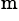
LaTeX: ^\mathrm{m}